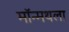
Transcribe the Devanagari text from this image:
मॉन्मथला